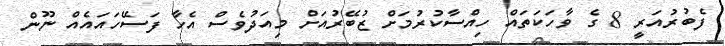
ފެބުރުއަރީ 8 ގެ ވާހަކަތައް ހިއްސާކުރުމަށް ޒުބޭރުއަށް މިއަދުވެސް އެހާ ފަސޭހައައެއް ނޫން